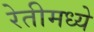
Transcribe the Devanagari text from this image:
रेतीमध्ये